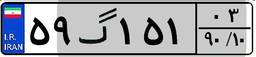
۰۵گ۱۶۴۶۸